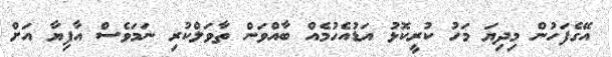
އޭގެފަހުން މިދިޔަ މަހު ކުރީކޮޅު އަޑުއެހުމެއް ބާއްވަން ތާވަލްކުރި ނަމަވެސް އާފިޔާ އަށް